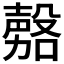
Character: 𭮾